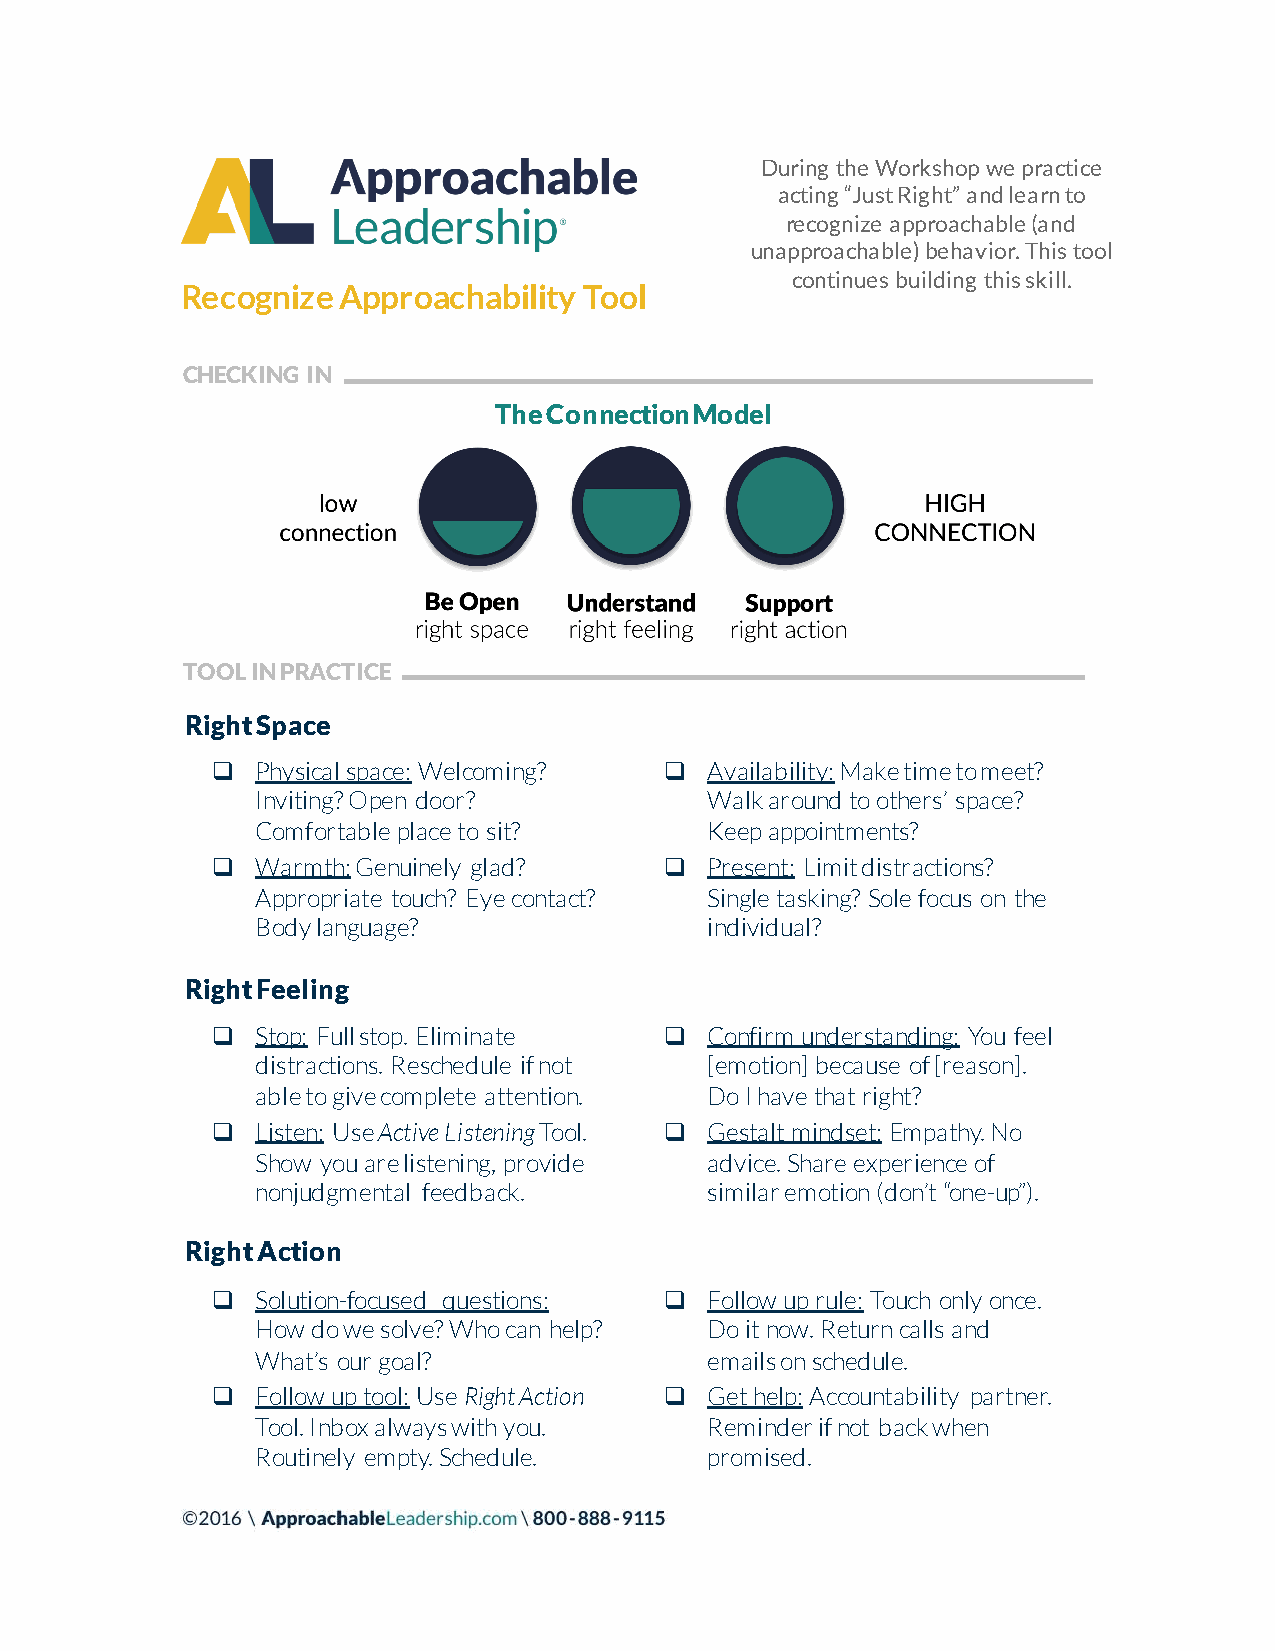
During the Workshop we practice
 acting “Just Right” and learn to
 recognize approachable (and
 unapproachable) behavior. This tool
 continues building this skill.
 Recognize Approachability  Tool
 CHECKING IN
 The Connection Model
 TOOL IN PRACTICE
 Right Space
 q  Physical space: Welcoming? q  Availability:Make time to meet?
 Inviting? Open door?          Walk around to others’ space?
 Comfortable place to sit?     Keep appointments?
 q  Warmth:Genuinely glad?     q  Present: Limit distractions?
 Appropriate touch? Eye contact? Single tasking? Sole focus on the
 Body language?                individual?
 Right Feeling
 q  Stop: Full stop. Eliminate q  Confirm understanding: You feel
 distractions. Reschedule if not [emotion] because of [reason].
 able to give complete attention. Do I have that right?
 q  Listen: Use Active Listening Tool. q Gestalt mindset: Empathy. No
 Show you are listening, provide advice. Share experience of
 nonjudgmental feedback.       similar emotion (don’t “one-up”).
 Right Action
 q  Solution-focused questions: q Follow up rule: Touch only once.
 How do we solve? Who can help? Do it now. Return calls and
 What’s our goal?              emails on schedule.
 q  Follow up tool: Use Right Action q Get help: Accountability partner.
 Tool. Inbox always with you.  Reminder if not back when
 Routinely empty. Schedule.    promised.